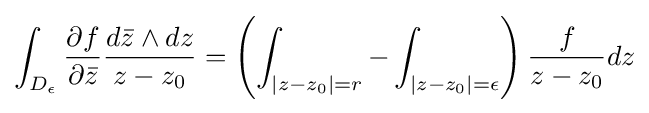
\int _{D_{\epsilon }}{\frac {\partial f}{\partial {\bar {z}}}}{\frac {d{\bar {z}}\wedge dz}{z-z_{0}}}=\left(\int _{|z-z_{0}|=r}-\int _{|z-z_{0}|=\epsilon }\right){\frac {f}{z-z_{0}}}dz